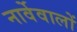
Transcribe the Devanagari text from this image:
नार्वेवालों